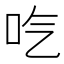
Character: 𠯏